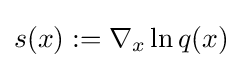
s(x):=\nabla _{x}\ln q(x)